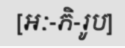
[អៈ-ភិ-រូប]